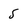
Character: 5